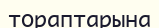
тораптарына